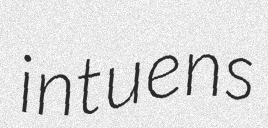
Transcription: intuens